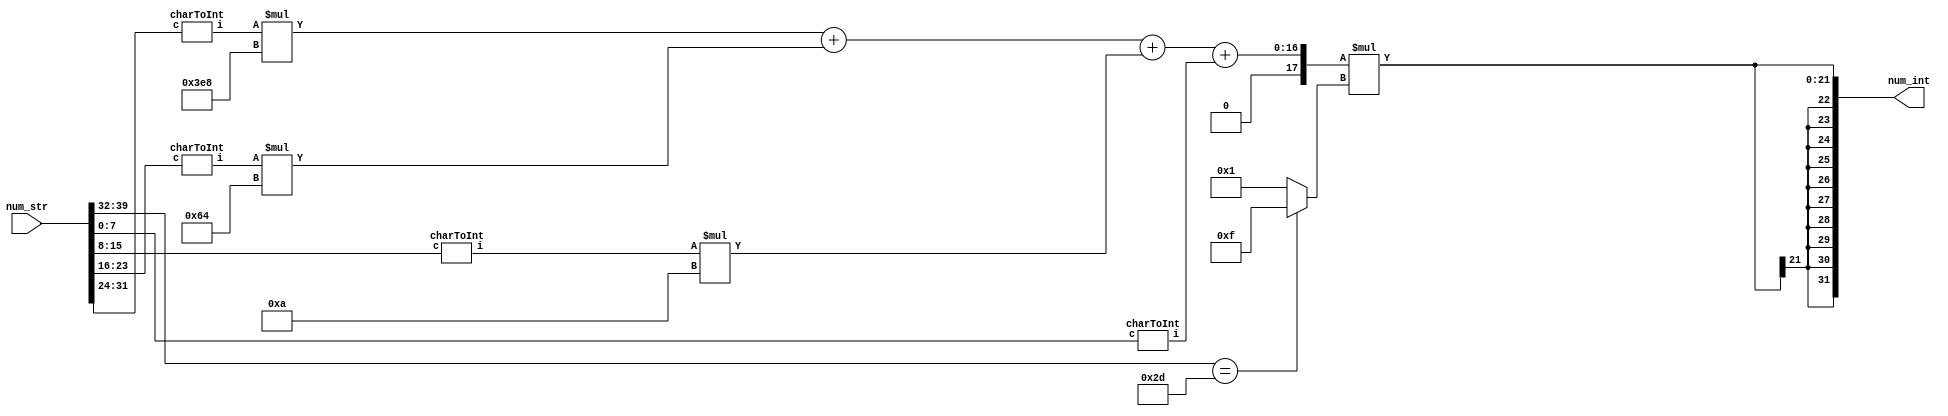
`timescale 1ns / 1ps
//////////////////////////////////////////////////////////////////////////////////
// Company: 
// Engineer: 
// 
// Design Name: 
// Module Name: strToInt
// Project Name: 
// Target Devices: 
// Tool Versions: 
// Description: 
// 
// Dependencies: 
// 
// Revision:
// Revision 0.01 - File Created
// Additional Comments:
// 
//////////////////////////////////////////////////////////////////////////////////


module strToInt(
    input [39:0] num_str,
    output signed [31:0] num_int
    );
    wire [7:0] snum0, snum1, snum2, snum3, sign1;
    wire [3:0] inum0, inum1, inum2, inum3;
    wire signed [3:0] sign2;
    wire signed [31:0] val0, val1, val2, val3;
    
    assign {sign1,snum3,snum2,snum1,snum0} = num_str;
    
    charToInt c0(snum0, inum0);
    charToInt c1(snum1, inum1);
    charToInt c2(snum2, inum2);
    charToInt c3(snum3, inum3);
    
    assign val3 = inum3*1000;
    assign val2 = inum2*100;
    assign val1 = inum1*10;
    assign val0 = inum0;
    assign sign2 = (sign1==8'h2D) ? -1: 1;
    assign num_int = (val3+val2+val1+val0)*sign2;

endmodule


module charToInt(
    input [7:0] c,
    output reg [3:0] i
    );
    
    always @(c) begin
        case(c)
            8'h30: i=0;
            8'h31: i=1;
            8'h32: i=2;
            8'h33: i=3;
            8'h34: i=4;
            8'h35: i=5;
            8'h36: i=6;
            8'h37: i=7;
            8'h38: i=8;
            8'h39: i=9;
            default: i=0;
        endcase
    end
endmodule